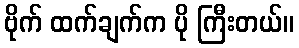
ဗိုက် ထက်ချက်က ပို ကြီးတယ်။